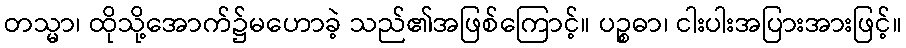
တသ္မာ၊ ထိုသို့အောက်၌မဟောခဲ့ သည်၏အဖြစ်ကြောင့်။ ပဉ္စဓာ၊ ငါးပါးအပြားအားဖြင့်။